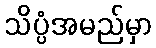
သိပ္ပံအမည်မှာ